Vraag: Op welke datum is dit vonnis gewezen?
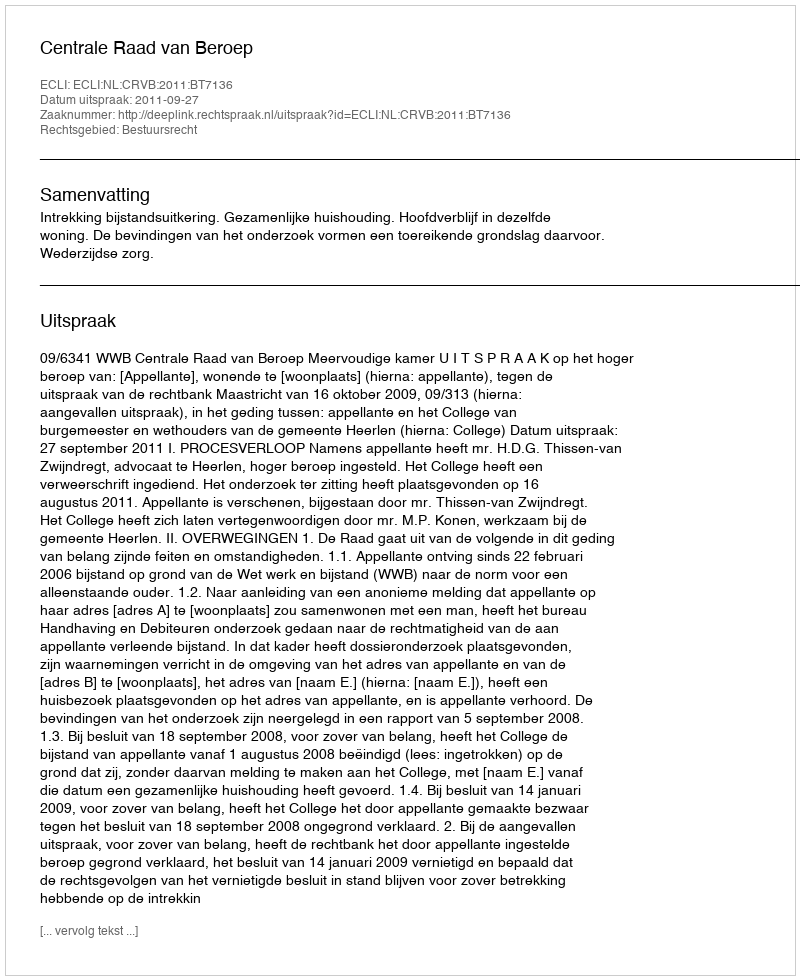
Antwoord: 2011-09-27